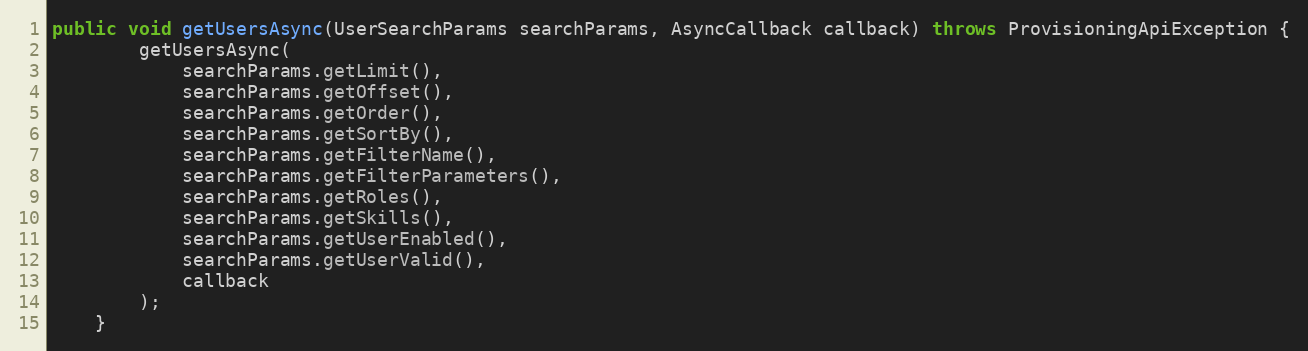
Language: Java
public void getUsersAsync(UserSearchParams searchParams, AsyncCallback callback) throws ProvisioningApiException {
		getUsersAsync(
			searchParams.getLimit(),
			searchParams.getOffset(),
			searchParams.getOrder(),
			searchParams.getSortBy(),
			searchParams.getFilterName(),
			searchParams.getFilterParameters(),
			searchParams.getRoles(),
			searchParams.getSkills(),
			searchParams.getUserEnabled(),
			searchParams.getUserValid(),
			callback
		);
	}